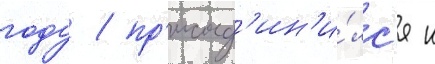
году / пр'исоед'ин'и́лс'я к